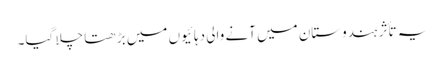
یہ تأثر ہندوستان میں آنے والی دہائیوں میں بڑھتا چلا گیا۔